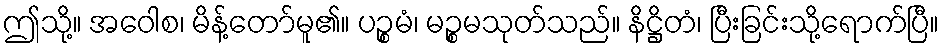
ဤသို့။ အဝေါစ၊ မိန့်တော်မူ၏။ ပဉ္စမံ၊ မဉ္စမသုတ်သည်။ နိဋ္ဌိတံ၊ ပြီးခြင်းသို့ရောက်ပြီ။